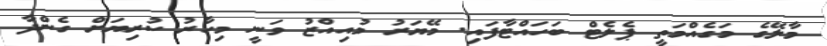
މާލޭގެ މަގެއްމަތީ ޕެލެޓް ބަހައްޓާފައި. މޭޔަރު މުއިއްޒު ވަނީ މިހާރު ކުރިޔަށް ގެންދާ